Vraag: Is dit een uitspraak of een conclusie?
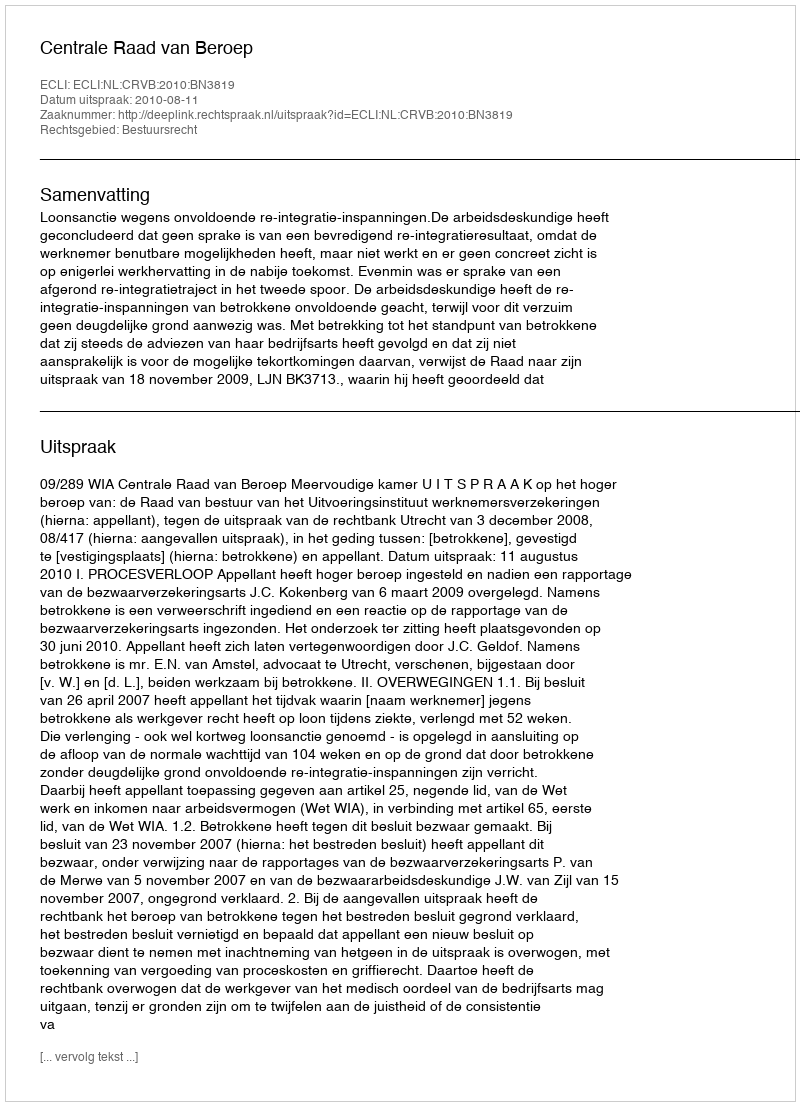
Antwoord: Uitspraak